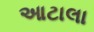
આટાલા